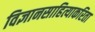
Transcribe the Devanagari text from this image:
विज्ञानसाहित्याकरिता